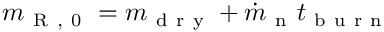
m _ { \mathrm { ~ R ~ , ~ 0 ~ } } = m _ { \mathrm { ~ d ~ r ~ y ~ } } + \dot { m } _ { \mathrm { ~ n ~ } } t _ { \mathrm { ~ b ~ u ~ r ~ n ~ } }